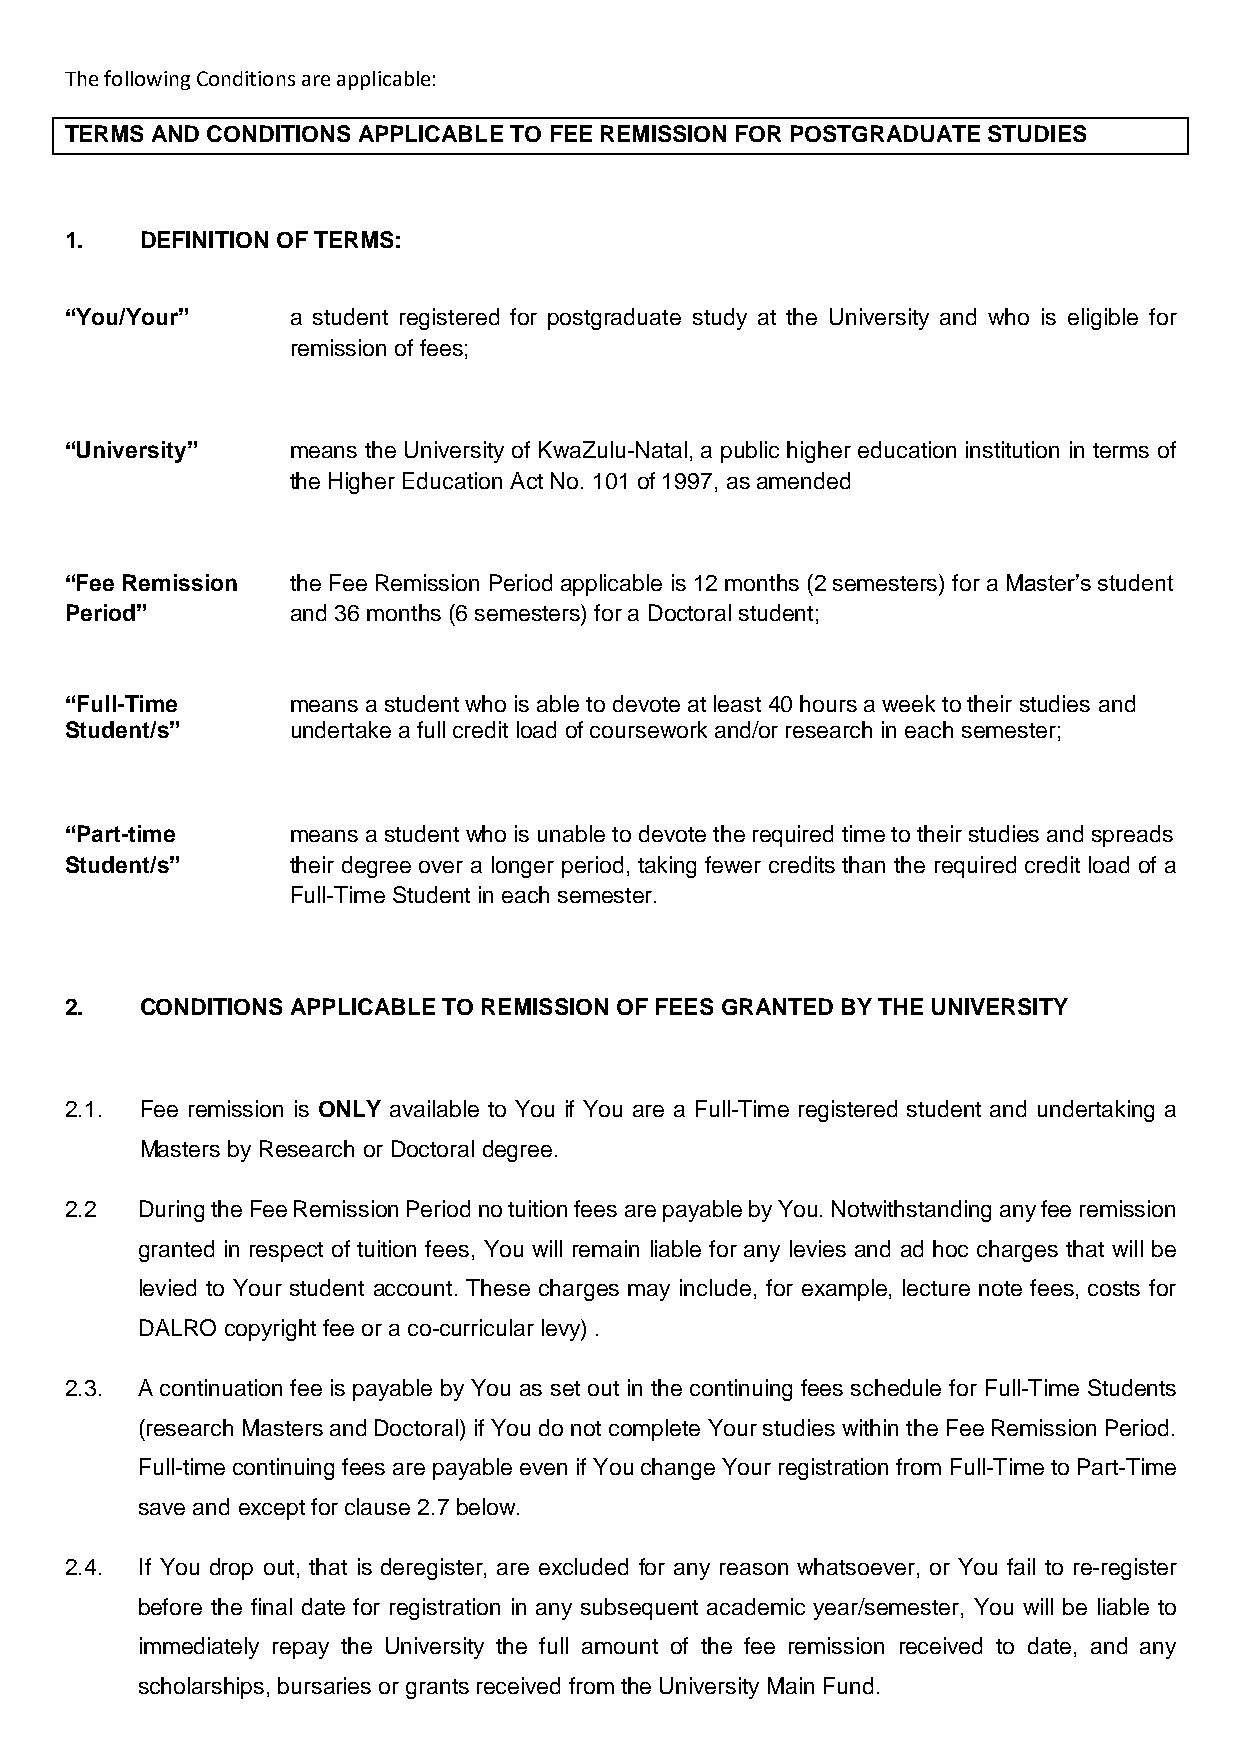
The following Conditions are applicable:
 TERMS AND CONDITIONS APPLICABLE TO FEE REMISSION FOR POSTGRADUATE STUDIES
 1.   DEFINITION OF TERMS:
 “You/Your”     a student registered for postgraduate study at the University and who is eligible for
 remission of fees;
 “University”   means the University of KwaZulu-Natal, a public higher education institution in terms of
 the Higher Education Act No. 101 of 1997, as amended
 “Fee Remission the Fee Remission Period applicable is 12 months (2 semesters) for a Master’s student
 Period”        and 36 months (6 semesters) for a Doctoral student;
 “Full-Time     means a student who is able to devote at least 40 hours a week to their studies and
 Student/s”     undertake a full credit load of coursework and/or research in each semester;
 “Part-time     means a student who is unable to devote the required time to their studies and spreads
 Student/s”     their degree over a longer period, taking fewer credits than the required credit load of a
 Full-Time Student in each semester.
 2.   CONDITIONS APPLICABLE TO REMISSION OF FEES GRANTED BY THE UNIVERSITY
 2.1. Fee remission is ONLY available to You if You are a Full-Time registered student and undertaking a
 Masters by Research or Doctoral degree.
 2.2  During the Fee Remission Period no tuition fees are payable by You. Notwithstanding any fee remission
 granted in respect of tuition fees, You will remain liable for any levies and ad hoc charges that will be
 levied to Your student account. These charges may include, for example, lecture note fees, costs for
 DALRO copyright fee or a co-curricular levy) .
 2.3. A continuation fee is payable by You as set out in the continuing fees schedule for Full-Time Students
 (research Masters and Doctoral) if You do not complete Your studies within the Fee Remission Period.
 Full-time continuing fees are payable even if You change Your registration from Full-Time to Part-Time
 save and except for clause 2.7 below.
 2.4. If You drop out, that is deregister, are excluded for any reason whatsoever, or You fail to re-register
 before the final date for registration in any subsequent academic year/semester, You will be liable to
 immediately repay the University the full amount of the fee remission received to date, and any
 scholarships, bursaries or grants received from the University Main Fund.